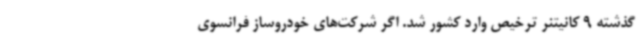
گذشته 9 کانیتنر ترخیص وارد کشور شد. اگر شرکت‌های خودروساز فرانسوی